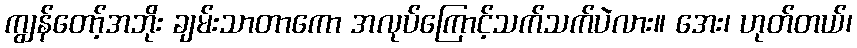
ကျွန်တော့်အဘိုး ချမ်းသာတာကော အလုပ်ကြောင့်သက်သက်ပဲလား။ အေး၊ ဟုတ်တယ်၊